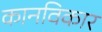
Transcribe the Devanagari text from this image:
कानविकार